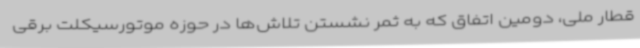
قطار ملی، دومین اتفاق که به ثمر نشستن تلاش‌ها در حوزه موتورسیکلت برقی